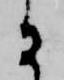
に